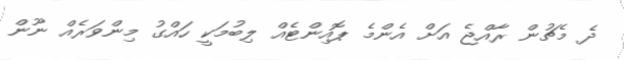
ދެ މެޗުން ރާއްޖެ އަށް އެންމެ ޕޮއިންޓެއް ލިބުމަކީ ހައްގު މިންވަރެއް ނޫން